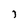
Character: 7